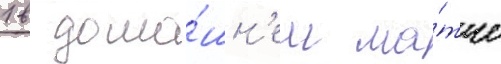
1 в дома́шн'ем ма́тче